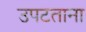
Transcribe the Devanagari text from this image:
उपटताना